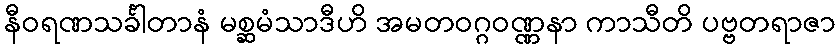
နီဝရဏသင်္ခါတာနံ မစ္ဆမံသာဒီဟိ အမတဝဂ္ဂဝဏ္ဏနာ ကာသီတိ ပဗ္ဗတရာဇာ